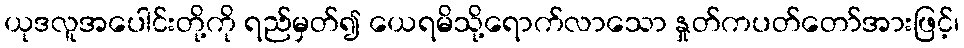
ယုဒလူအပေါင်းတို့ကို ရည်မှတ်၍ ယေရမိသို့ရောက်လာသော နှုတ်ကပတ်တော်အားဖြင့်၊